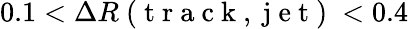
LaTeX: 0.1<\Delta R\mathrm{~(~t~r~a~c~k~,~j~e~t~)~}<0.4